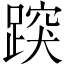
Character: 𨃍